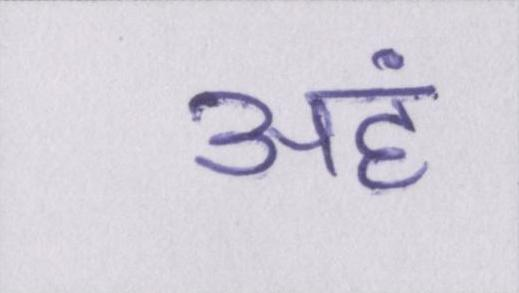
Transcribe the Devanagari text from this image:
अहं